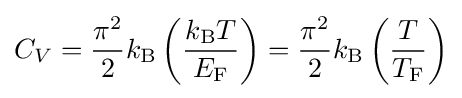
C_{V}={\frac {\pi ^{2}}{2}}k_{\rm {B}}\left({\frac {k_{\rm {B}}T}{E_{\rm {F}}}}\right)={\frac {\pi ^{2}}{2}}k_{\rm {B}}\left({\frac {T}{T_{\rm {F}}}}\right)